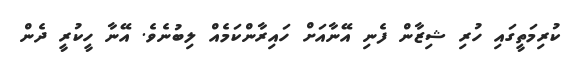
ކުރިމަތީގައި ހުރި ޝިޒާން ފެނި އޭނާއަށް ހައިރާންކަމެއް ލިބުނެވެ. އޭނާ ހީކުރީ ދެން